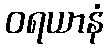
ဝရယာနံ